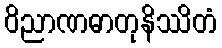
ဝိညာဏဓာတုနိဿိတံ